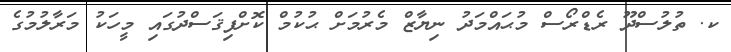
ކ. ތުލުސްދޫ ރެޑްރޯސް މުޙައްމަދު ނިޔާޒް މެރުމަށް ޙުކުމް ކޮށްފިޤަސްދުގައި މީހަކު މަރާލުމުގެ